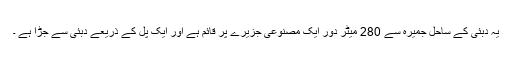
یہ دبئی کے ساحل جمیرہ سے 280 میٹر دور ایک مصنوعی جزیرے پر قائم ہے اور ایک پل کے ذریعے دبئی سے جڑا ہے ۔